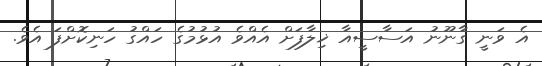
އެ ވަނީ ގާނޫނު އަސާސީއާ ޚިލާފަށް އެއްވެ އުޅުމުގެ ހައްގު ހަނިކޮށްފަ އެވެ.